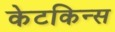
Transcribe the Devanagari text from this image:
केटकिन्स